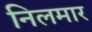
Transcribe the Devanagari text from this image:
निलमार